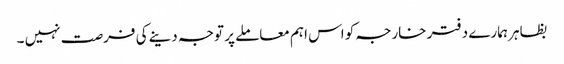
بظاہر ہمارے دفتر خارجہ کو اس اہم معاملے پر توجہ دینے کی فرصت نہیں ۔